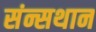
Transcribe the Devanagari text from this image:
संन्सथान